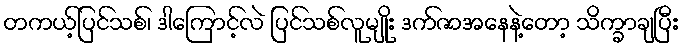
တကယ့်ပြင်သစ်၊ ဒါကြောင့်လဲ ပြင်သစ်လူမျိုး ဒက်ဇာအနေနဲ့တော့ သိက္ခာချပြီး